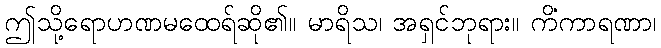
ဤသို့ရောဟဏမထေရ်ဆို၏။ မာရိသ၊ အရှင်ဘုရား။ ကိံကာရဏာ၊